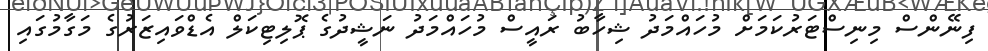
ފިނޭންސް މިނިސްޓަރުކަމަށް މުހައްމަދު ޝިހާބު ރައީސް މުހައްމަދު ނަޝީދުގެ ޕޮލިޓިކަލް އެޑްވައިޒަރުގެ މަގާމުގައި